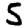
Digit: 5